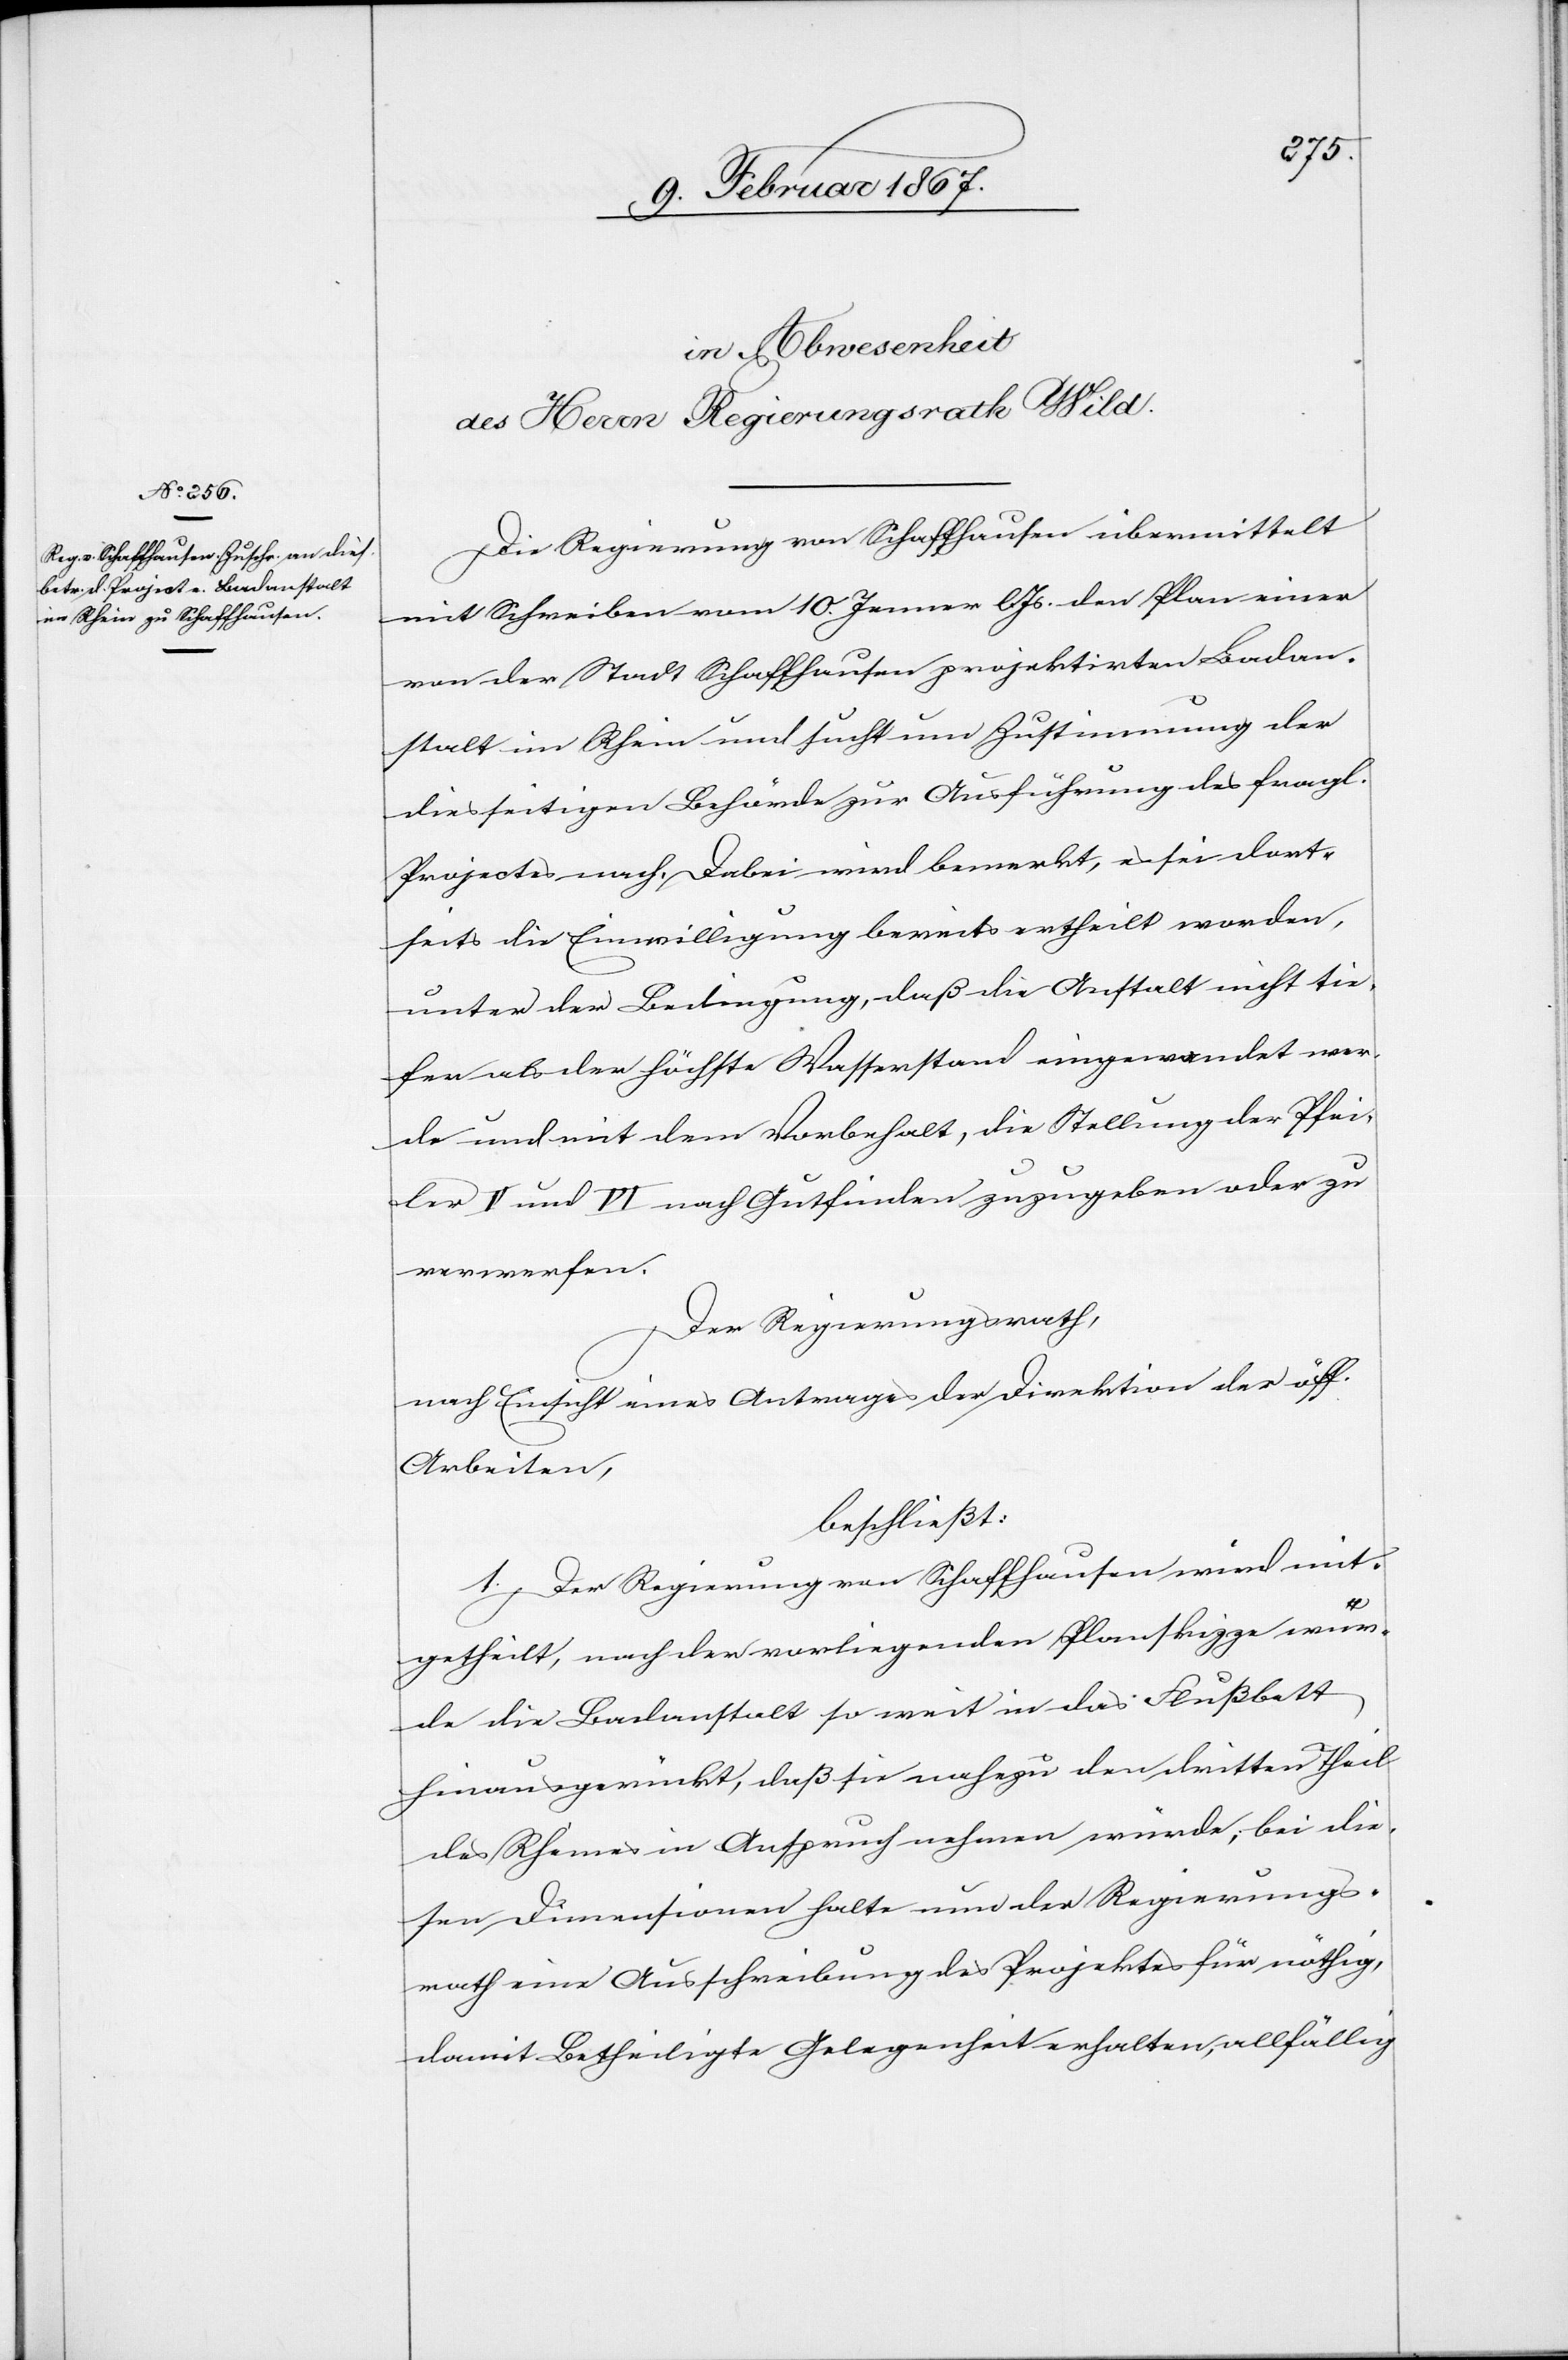
Die Regierung von Schaffhausen übermittelt
mit Schreiben vom 10. Jenner l. Js. den Plan einer
von der Stadt Schaffhausen projektirten Badan¬
stalt im Rhein und sucht um Zustimmung der
diesseitigen Behörde zur Ausführung des fragl.
Projectes nach. Dabei wird bemerkt, es sei dort¬
seits die Einwilligung bereits ertheilt worden,
unter der Bedingung, daß die Anstalt nicht tie¬
fer als der höchste Wasserstand eingewandet wer¬
de und mit dem Vorbehalt, die Stellung der Pfei¬
ler V und VI nach Gutfinden zuzugeben oder zu
verwerfen.
Der Regierungsrath,
nach Einsicht eines Antrages der Direktion der öff.
Arbeiten,
beschließt:
1. Der Regierung von Schaffhausen wird mit¬
getheilt, nach der vorliegenden Planskizze wür¬
de die Badanstalt so weit in das Flußbett
hinausgerückt, daß sie nahezu den dritten Theil
des Rheines in Anspruch nehmen würde; bei die¬
sen Dimensionen halte nun der Regierungs¬
rath eine Ausschreibung des Projektes für nöthig,
damit Betheiligte Gelegenheit erhalten, allfällig